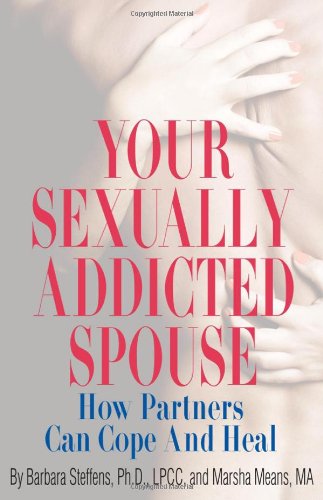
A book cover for Your Sexually Addicted Spouse: How Partners Can Cope and Heal; Barbara Steffens; Health, Fitness & Dieting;